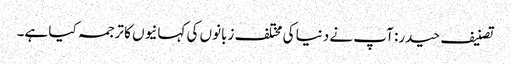
تصنیف حیدر: آپ نے دنیا کی مختلف زبانوں کی کہانیوں کا ترجمہ کیا ہے۔